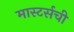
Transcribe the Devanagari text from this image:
मास्टर्सची